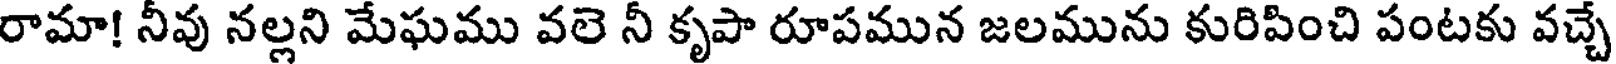
రామా! నీవు నల్లని మేఘము వలె నీ కృపా రూపమున జలమును కురిపించి పంటకు వచ్చే